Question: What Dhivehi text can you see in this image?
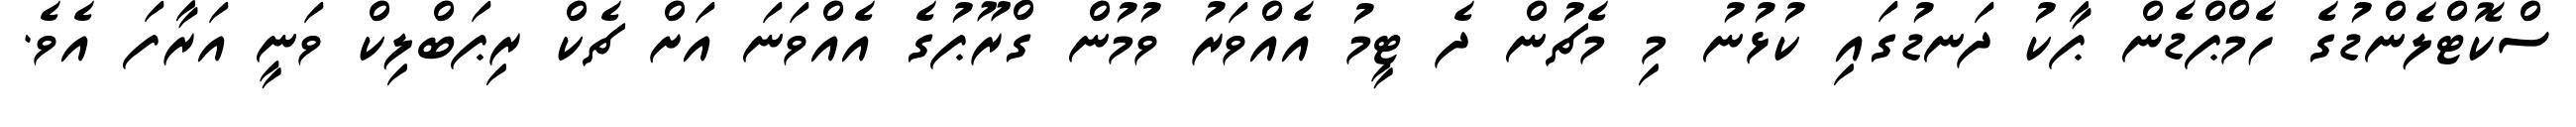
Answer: ސްކޮޓްލެންޑުގެ ހެމްޕްޑެން ޕާކު ދަނޑުގައި ކުޅުނު މި މެޗުން ދެ ޓީމު އެއްވަރު ވުމުން ގްރޫޕުގެ އެއްވަނަ އަށް ޗެކް ރިޕަބްލިކް ވަނީ އަރާފަ އެވެ.